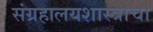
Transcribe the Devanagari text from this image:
संग्रहालयशास्त्राचा